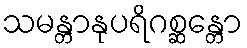
သမန္တာနုပရိဂစ္ဆန္တော